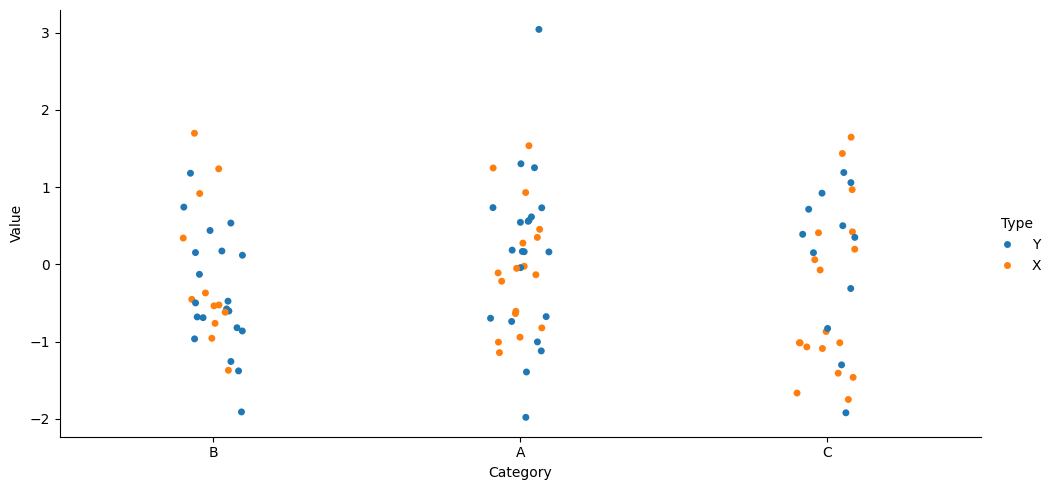
python, seaborn, catplot, kind='strip', height=5, aspect=2